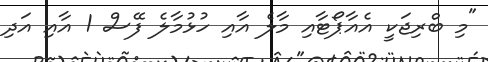
"މި ބްރިޖަކީ އެއާޕޯޓާއި މާލެ އާއި ހުޅުމާލެ ފޭސް 1 އާއި އަދި